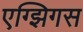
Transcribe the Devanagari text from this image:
एग्झिगस